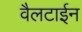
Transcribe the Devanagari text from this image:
वैलटाईन